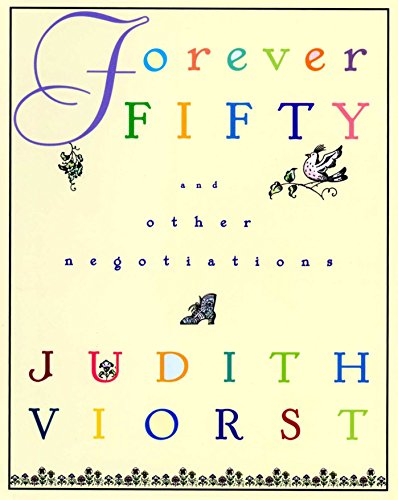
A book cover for Forever Fifty; Judith Viorst; Humor & Entertainment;